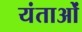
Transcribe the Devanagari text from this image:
यंताओं